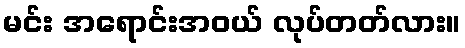
မင်း အရောင်းအဝယ် လုပ်တတ်လား။